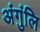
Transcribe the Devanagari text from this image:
अंगुंलि